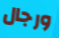
ورجال